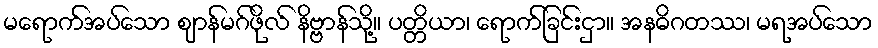
မရောက်အပ်သော ဈာန်မဂ်ဖိုလ် နိဗ္ဗာန်သို့။ ပတ္တိယာ၊ ရောက်ခြင်းငှာ။ အနဓိဂတဿ၊ မရအပ်သော